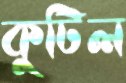
কুটিল